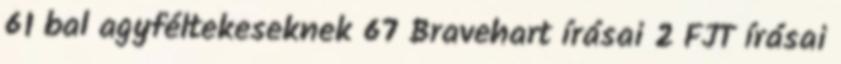
61 bal agyféltekeseknek 67 Bravehart írásai 2 FJT írásai